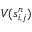
V ( s _ { i , j } ^ { n } )